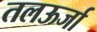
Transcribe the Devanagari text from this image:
तलऊर्जा